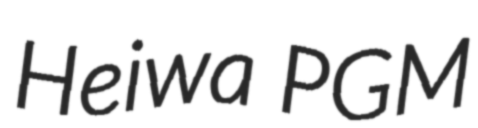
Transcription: Heiwa PGM